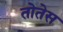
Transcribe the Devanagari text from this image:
तोतेस